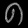
Digit: ၈